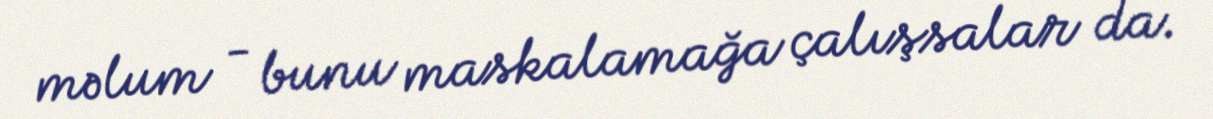
məlum - bunu maskalamağa çalışsalar da.